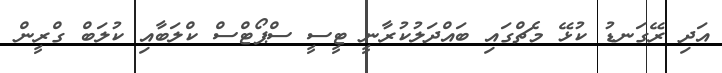
އަދި ރޭގަނޑު ކުޅޭ މެޗްގައި ބައްދަލުކުރާނީ ޓީސީ ސްޕޯޓްސް ކްލަބާއި ކުލަބް ގްރީން